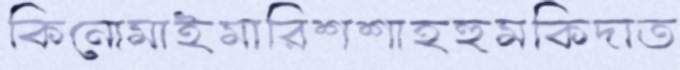
কিনোমাইমারিশশাহহুমকিদাত